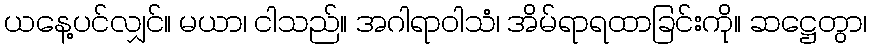
ယနေ့ပင်လျှင်။ မယာ၊ ငါသည်။ အဂါရာဝါသံ၊ အိမ်ရာရထာခြင်းကို။ ဆဋ္ဌေတွာ၊